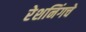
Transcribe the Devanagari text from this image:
रेशनिंगचे